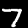
Label: 7